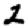
Digit: 2